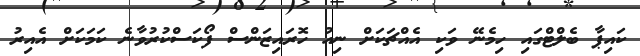
ކައިޕާ ބެލްޓްގައި ހިމެނޭ ވަކި އެއްޗަކަށް ނިއު ހޮރައިޒަންސް ފޯކަސްކުރުވާނެ ކަމަކަށް އެއިރު